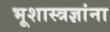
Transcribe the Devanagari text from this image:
भूशास्त्रज्ञांना